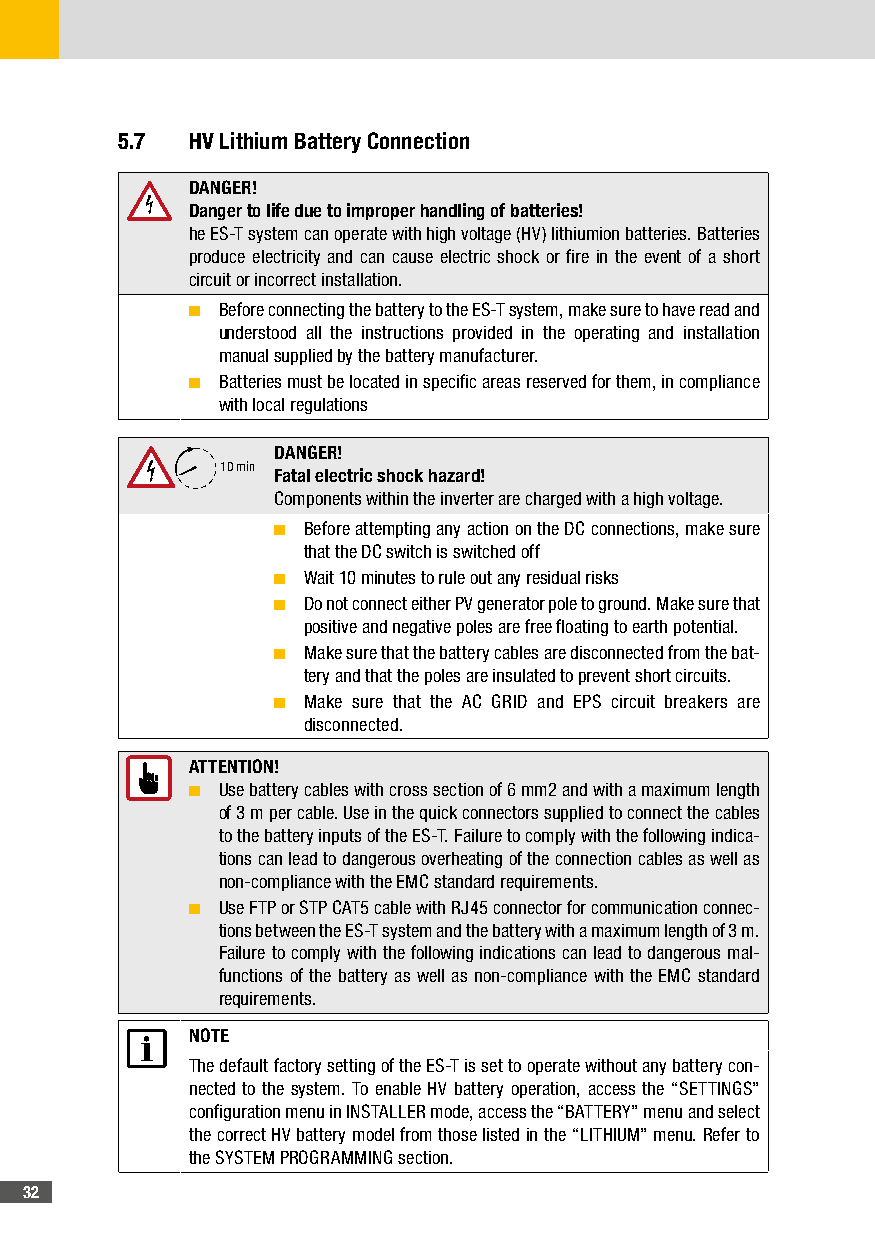
5�7  HV Lithium Battery Connection
 DANGER!
 Danger to life due to improper handling of batteries!
 he ES-T system can operate with high voltage (HV) lithiumion batteries. Batteries
 produce electricity and can cause electric shock or fire in the event of a short
 circuit or incorrect installation.
 ■ Before connecting the battery to the ES-T system, make sure to have read and
 understood all the instructions provided in the operating and installation
 manual supplied by the battery manufacturer.
 ■ Batteries must be located in specific areas reserved for them, in compliance
 with local regulations
 DANGER!
 10 min
 Fatal electric shock hazard!
 Components within the inverter are charged with a high voltage.
 ■ Before attempting any action on the DC connections, make sure
 that the DC switch is switched off
 ■ Wait 10 minutes to rule out any residual risks
 ■ Do not connect either PV generator pole to ground. Make sure that
 positive and negative poles are free floating to earth potential.
 ■ Make sure that the battery cables are disconnected from the bat-
 tery and that the poles are insulated to prevent short circuits.
 ■ Make sure that the AC GRID and EPS circuit breakers are
 disconnected.
 ATTENTION!
 ■ Use battery cables with cross section of 6 mm2 and with a maximum length
 of 3 m per cable. Use in the quick connectors supplied to connect the cables
 to the battery inputs of the ES-T. Failure to comply with the following indica-
 tions can lead to dangerous overheating of the connection cables as well as
 non-compliance with the EMC standard requirements.
 ■ Use FTP or STP CAT5 cable with RJ45 connector for communication connec-
 tions between the ES-T system and the battery with a maximum length of 3 m.
 Failure to comply with the following indications can lead to dangerous mal-
 functions of the battery as well as non-compliance with the EMC standard
 requirements.
 NOTE
 The default factory setting of the ES-T is set to operate without any battery con-
 nected to the system. To enable HV battery operation, access the “SETTINGS”
 configuration menu in INSTALLER mode, access the “BATTERY” menu and select
 the correct HV battery model from those listed in the “LITHIUM” menu. Refer to
 the SYSTEM PROGRAMMING section.
 32